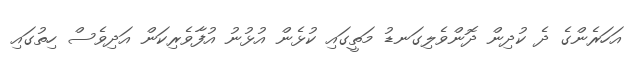
އަހަރެންގެ ދެ ކުދިން ދޮންވެލިގަނޑު މަތީގައި ކުޅެން އުޅުނު އުފާވެރިކަން އަދިވެސް ހިތުގައި